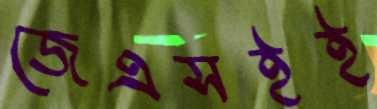
জেএসইই